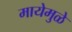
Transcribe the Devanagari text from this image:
मायेमुळे